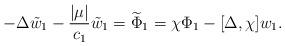
LaTeX: \begin{align*}-\Delta\tilde{w}_{1}-\frac{|\mu|}{c_{1}}\tilde{w}_{1}=\widetilde{\Phi}_{1}=\chi\Phi_{1}-[\Delta,\chi]w_{1}.\end{align*}